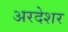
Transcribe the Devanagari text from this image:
अरदेशर